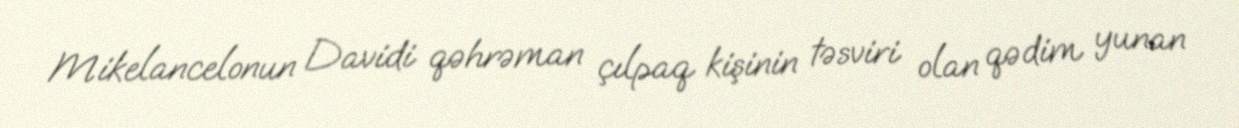
Mikelancelonun Davidi qəhrəman çılpaq kişinin təsviri olan qədim yunan